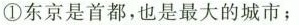
①东京是首都，也是最大的城市；